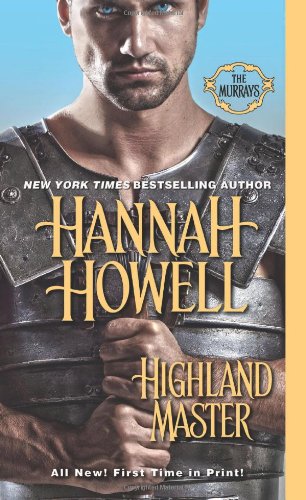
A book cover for Highland Master (The Murrays); Hannah Howell; Romance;